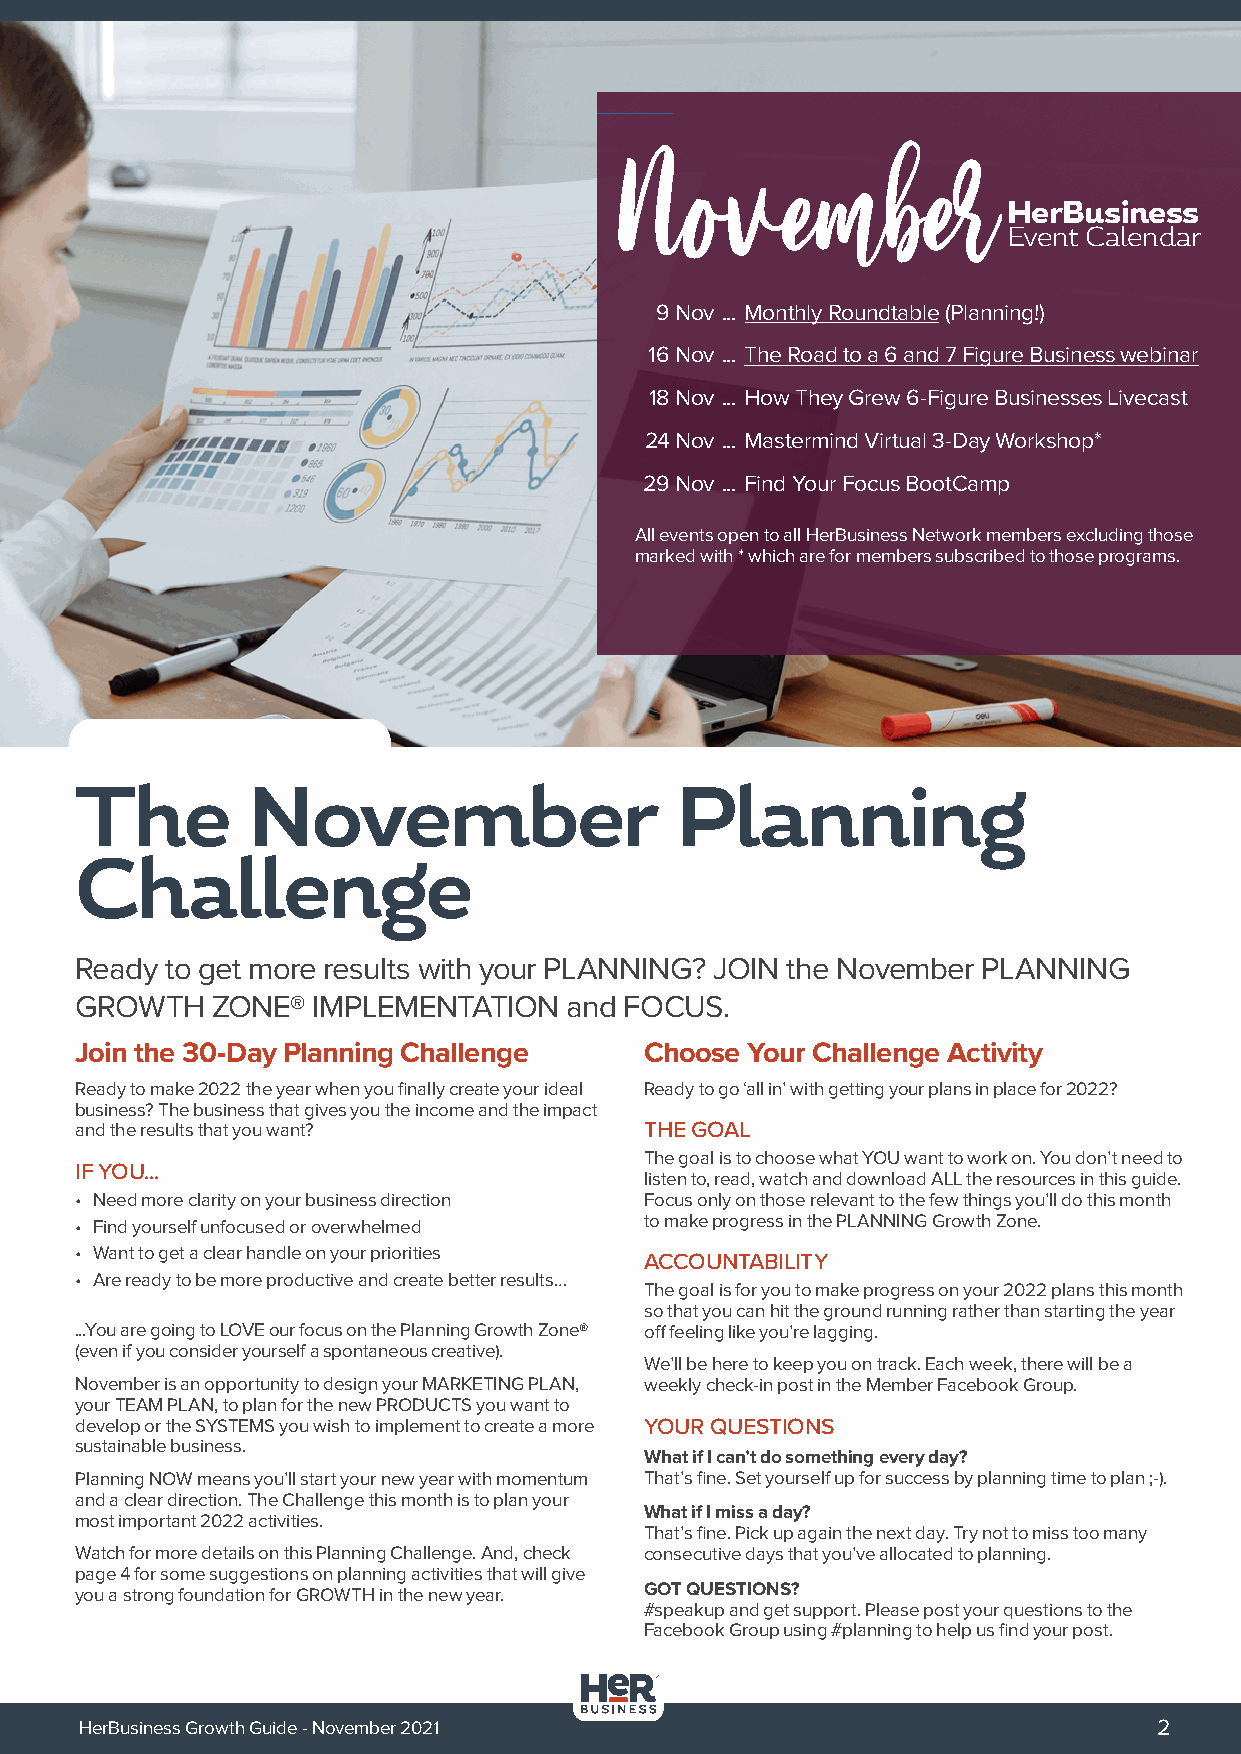
November
 HerBusiness
 Event Calendar
 9 Nov ... Monthly Roundtable (Planning!)
 16 Nov ... The Road to a 6 and 7 Figure Business webinar
 18 Nov ... How They Grew 6-Figure Businesses Livecast
 24 Nov ... Mastermind Virtual 3-Day Workshop*
 29 Nov ... Find Your Focus BootCamp
 All events open to all HerBusiness Network members excluding those
 marked with * which are for members subscribed to those programs.
 The        November                     Planning
 Challenge
 Ready to get more results with your PLANNING? JOIN the November PLANNING
 GROWTH   ZONE®  IMPLEMENTATION  and FOCUS.
 Join the 30-Day Planning Challenge    Choose Your Challenge Activity
 Ready to make 2022 the year when you finally create your ideal Ready to go ‘all in’ with getting your plans in place for 2022?
 business? The business that gives you the income and the impact
 and the results that you want?        THE GOAL
 The goal is to choose what YOU want to work on. You don’t need to
 IF YOU...
 listen to, read, watch and download ALL the resources in this guide.
 • Need more clarity on your business direction Focus only on those relevant to the few things you’ll do this month
 • Find yourself unfocused or overwhelmed to make progress in the PLANNING Growth Zone.
 • Want to get a clear handle on your priorities
 ACCOUNTABILITY
 • Are ready to be more productive and create better results…
 The goal is for you to make progress on your 2022 plans this month
 so that you can hit the ground running rather than starting the year
 ...You are going to LOVE our focus on the Planning Growth Zone® off feeling like you’re lagging.
 (even if you consider yourself a spontaneous creative).
 We’ll be here to keep you on track. Each week, there will be a
 November is an opportunity to design your MARKETING PLAN, weekly check-in post in the Member Facebook Group.
 your TEAM PLAN, to plan for the new PRODUCTS you want to
 develop or the SYSTEMS you wish to implement to create a more YOUR QUESTIONS
 sustainable business.
 What if I can’t do something every day?
 Planning NOW means you’ll start your new year with momentum That’s fine. Set yourself up for success by planning time to plan ;-).
 and a clear direction. The Challenge this month is to plan your
 What if I miss a day?
 most important 2022 activities.
 That’s fine. Pick up again the next day. Try not to miss too many
 Watch for more details on this Planning Challenge. And, check consecutive days that you’ve allocated to planning.
 page 4 for some suggestions on planning activities that will give
 you a strong foundation for GROWTH in the new year. GOT QUESTIONS?
 #speakup and get support. Please post your questions to the
 Facebook Group using #planning to help us find your post.
 HerBusiness Growth Guide - November 2021                                2